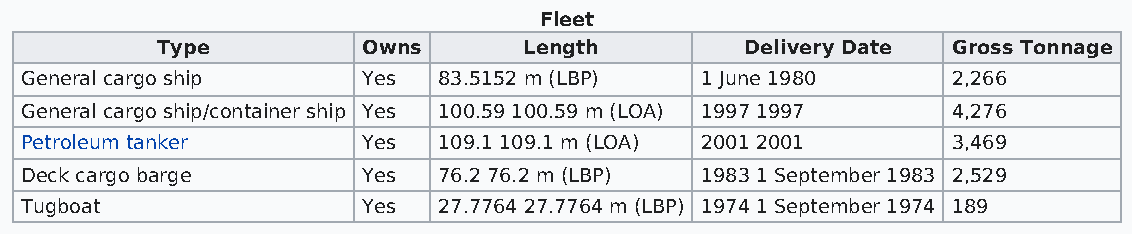
Fleet
 Type          Owns       Length        Delivery Date Gross Tonnage
 General cargo ship     Yes  83.5152 m (LBP)  1 June 1980      2,266
 General cargo ship/container ship Yes 100.59 100.59 m (LOA) 1997 1997 4,276
 Petroleum tanker       Yes  109.1 109.1 m (LOA) 2001 2001     3,469
 Deck cargo barge       Yes  76.2 76.2 m (LBP) 1983 1 September 1983 2,529
 Tugboat                Yes  27.7764 27.7764 m (LBP) 1974 1 September 1974 189